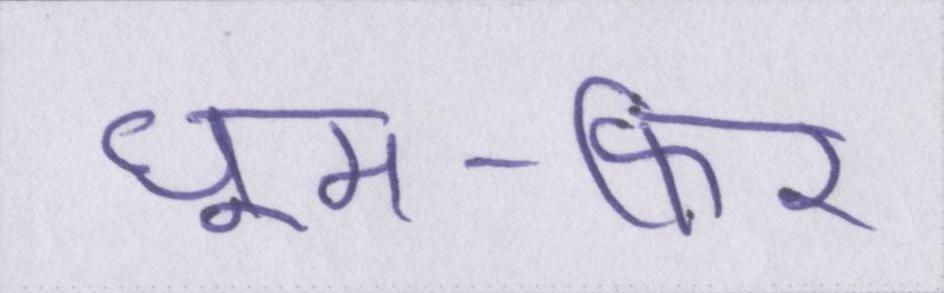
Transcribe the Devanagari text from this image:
घूम-फिर